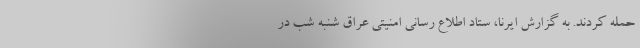
حمله کردند. به گزارش ایرنا، ستاد اطلاع رسانی امنیتی عراق شنبه شب در